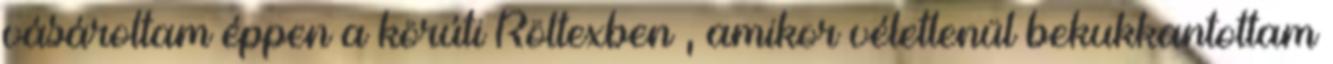
vásároltam éppen a körúti Röltexben , amikor véletlenül bekukkantottam